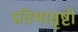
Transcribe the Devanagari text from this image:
प्रतिभासृष्टी